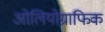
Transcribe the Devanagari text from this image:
ओलियोग्राफिक